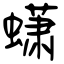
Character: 蟏